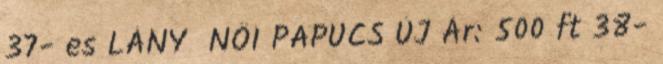
37- es LÁNY NŐI PAPUCS ÚJ Ár: 500 ft 38-